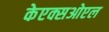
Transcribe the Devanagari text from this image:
केएक्सओएल